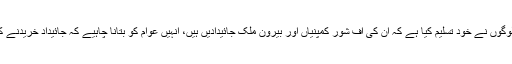
محمد زبیر نے کہا کہ تحریک انصاف کے کچھ لوگوں نے خود تسلیم کیا ہے کہ ان کی آف شور کمپنیاں اور بیرون ملک جائیدادیں ہیں، انہیں عوام کو بتانا چاہیے کہ جائیداد خریدنے کےلئے رقم کیسے کمائی اور باہر کیسے بھیجی؟